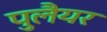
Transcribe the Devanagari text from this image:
पुलैयर